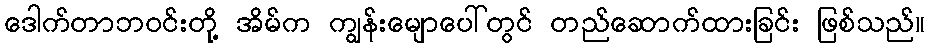
ဒေါက်တာဘဝင်းတို့ အိမ်က ကျွန်းမျောပေါ်တွင် တည်ဆောက်ထားခြင်း ဖြစ်သည်။